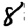
Digit: 8